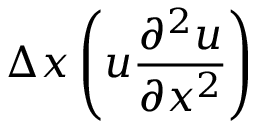
\Delta x \left( u \frac { \partial ^ { 2 } u } { \partial x ^ { 2 } } \right)